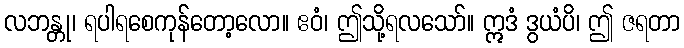
လဘန္တု၊ ရပါရစေကုန်တော့လော။ ဧဝံ၊ ဤသို့ရလသော်။ ဣဒံ ဒွယံပိ၊ ဤ ဇရတာ